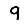
Digit: 9